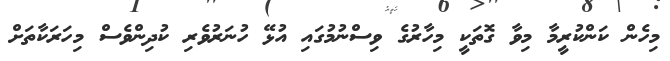
މިހެން ކަންކުރީމާ މިވާ ގޮތަކީ މިހާރުގެ ވިސްނުމުގައި އުޅޭ ހުނަރުވެރި ކުދިންވެސް މިހަރަކާތަށް